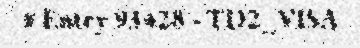
# Entry 93428 - TD2_VISA